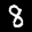
Label: 8